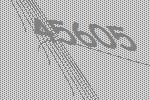
45605